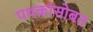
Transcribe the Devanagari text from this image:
पथकांसोबत